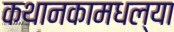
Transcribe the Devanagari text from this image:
कथानकामधल्या